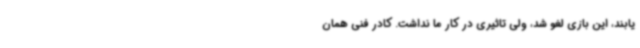
یابند، این بازی لغو شد، ولی تاثیری در کار ما نداشت. کادر فنی همان